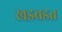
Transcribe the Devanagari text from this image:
खडबडत